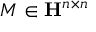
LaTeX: M \in \mathbf { H } ^ { n \times n }